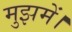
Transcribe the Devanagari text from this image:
मुझमें।